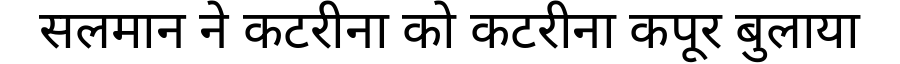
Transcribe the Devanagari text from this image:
सलमान ने कटरीना को कटरीना कपूर बुलाया